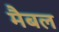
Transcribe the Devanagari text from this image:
मैबल